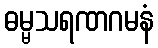
ဓမ္မသရဏဂမနံ